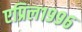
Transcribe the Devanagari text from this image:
एप्रिल१९९६